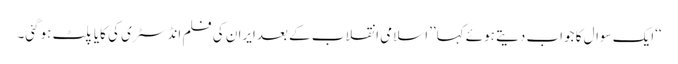
‘‘ایک سوال کا جواب دیتے ہوئے کہا’’اسلامی انقلاب کے بعدایران کی فلم انڈسٹری کی کایا پلٹ ہوگئی۔